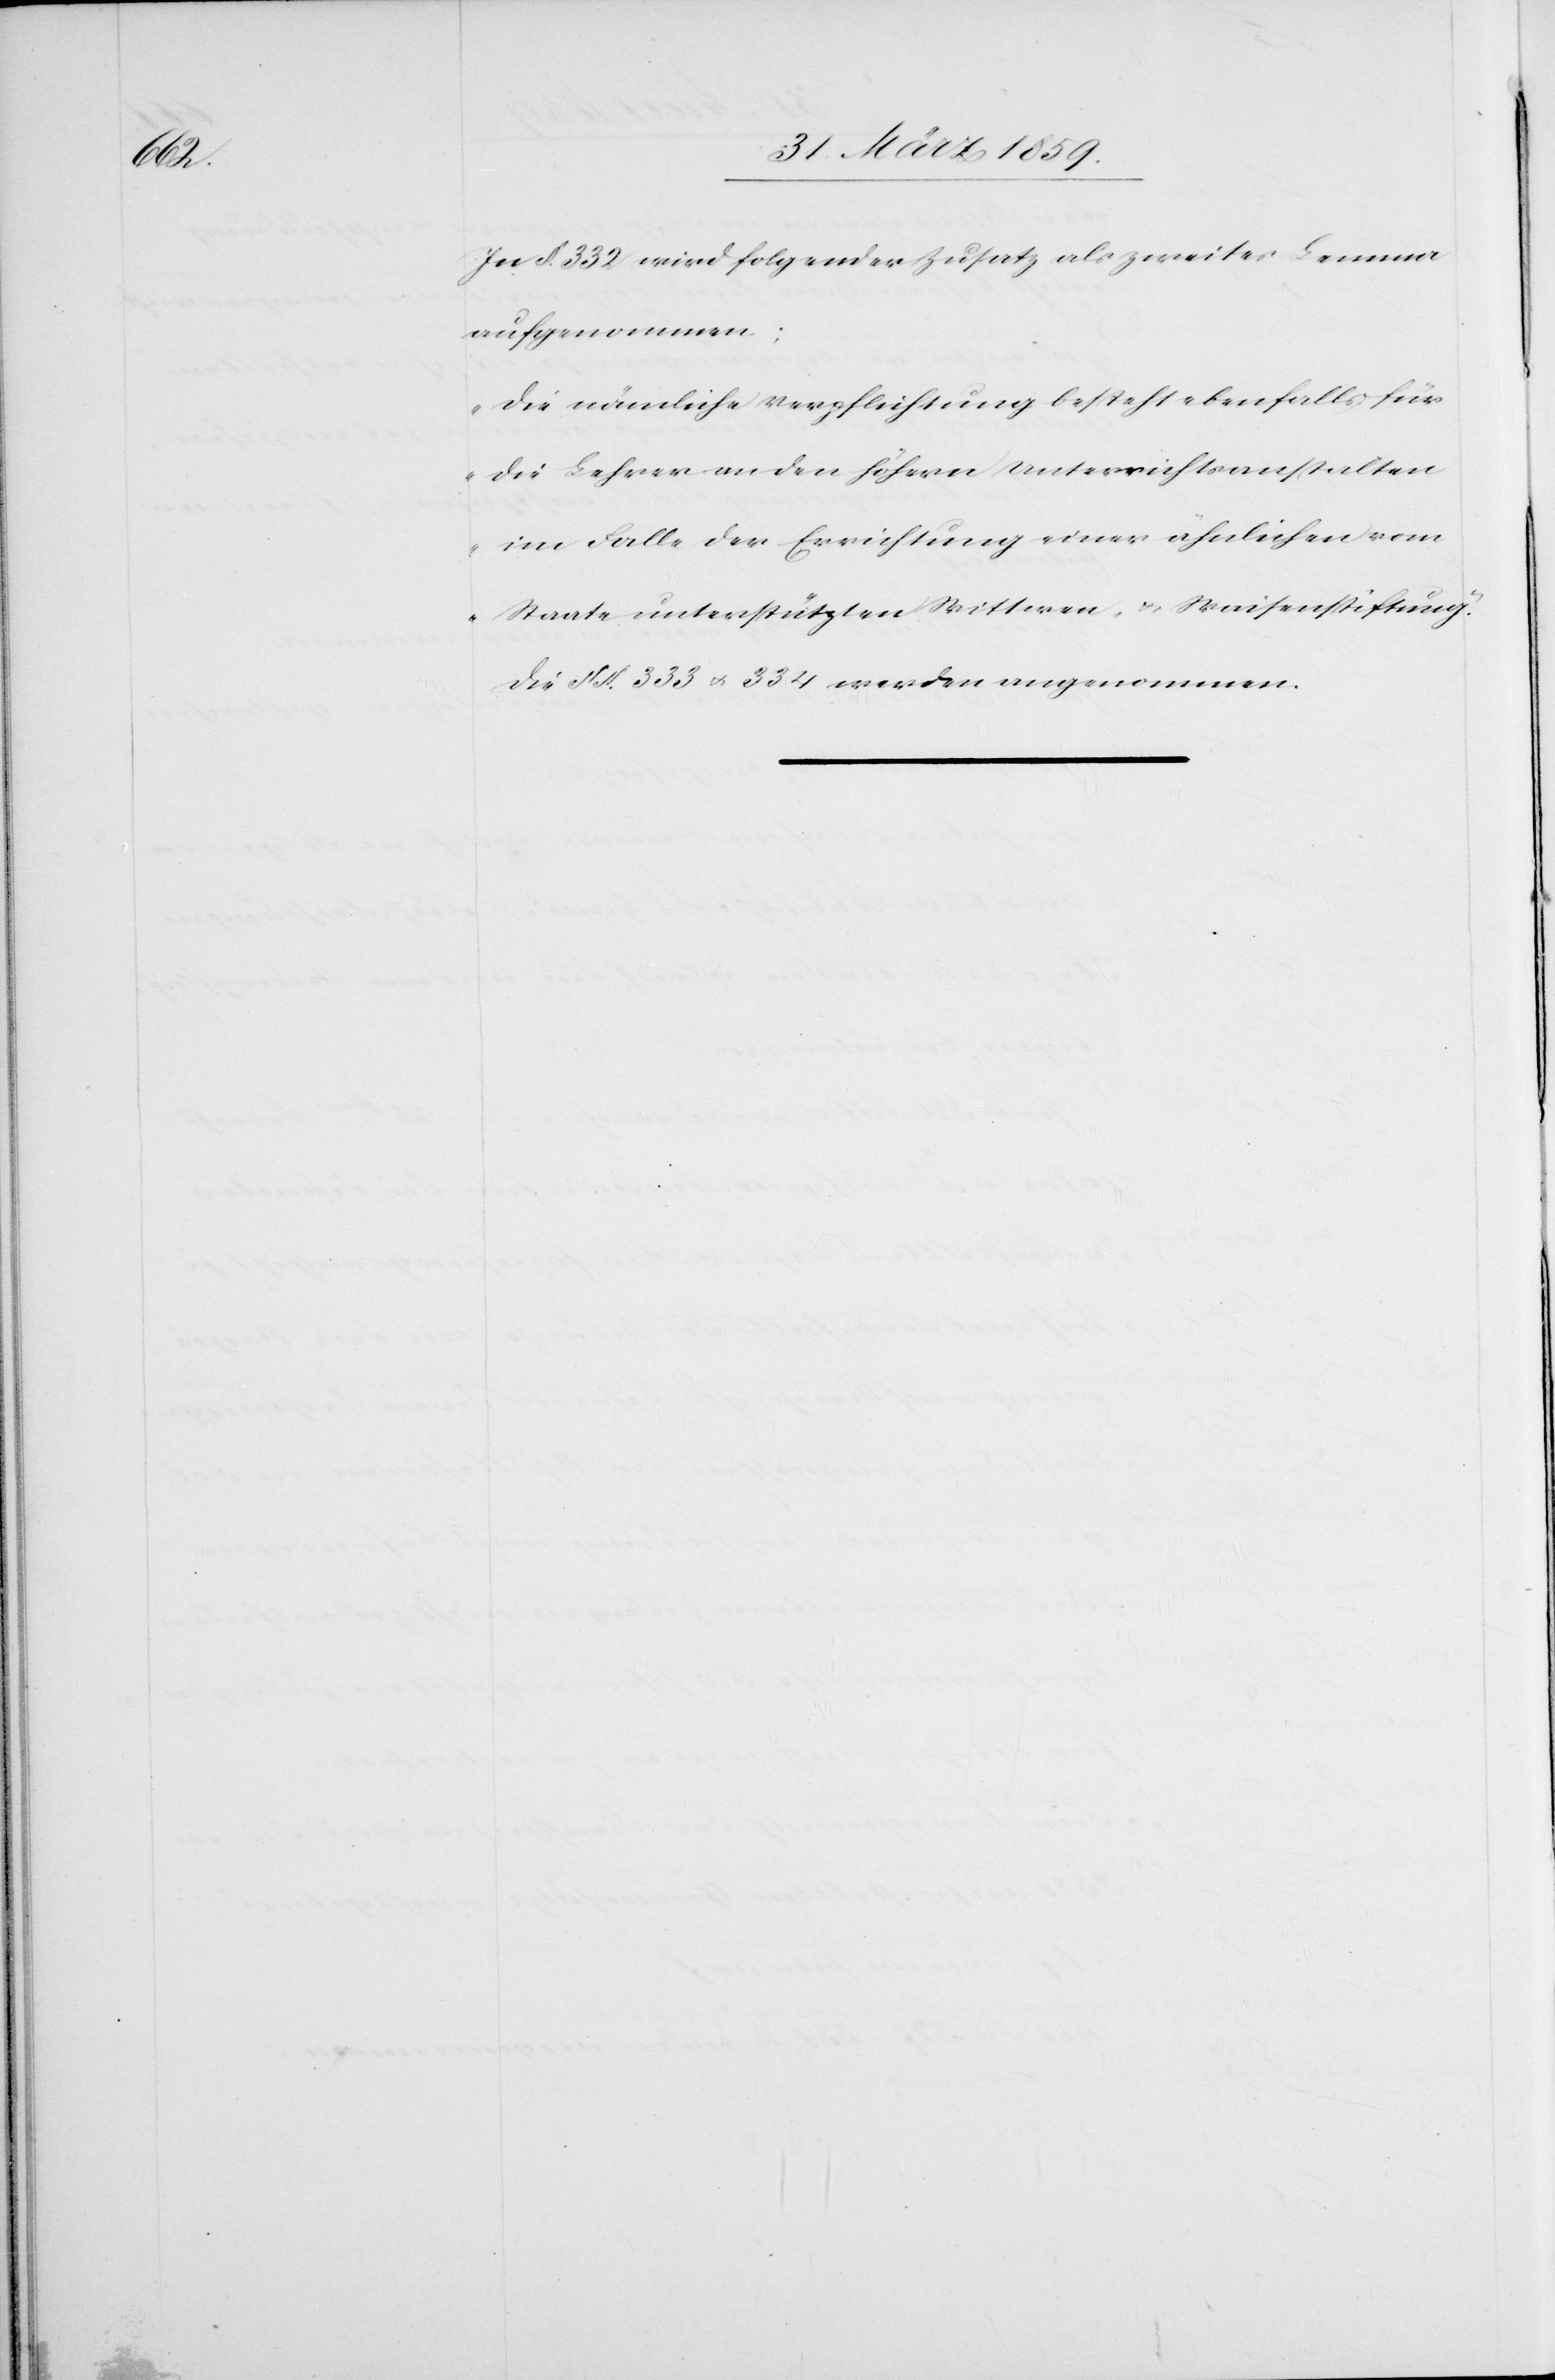
In §. 332 wird folgender Zusatz als zweites Lemma
aufgenommen:
„Die nämliche Verpflichtung besteht ebenfalls für
die Lehrer an den höhern Unterrichtsanstalten
im Falle der Errichtung einer ähnlichen vom
Staate unterstützten Wittwen- u. Waisenstiftung.“
Die §§. 333 u. 334 werden angenommen.